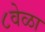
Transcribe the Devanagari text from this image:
८वेळा